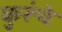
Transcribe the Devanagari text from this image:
कुरूंचे